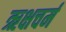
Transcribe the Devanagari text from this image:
ऋक्षचर्म